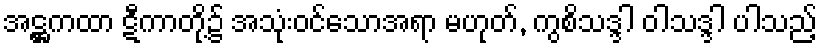
အဋ္ဌကထာ ဋီကာတို့၌ အသုံးဝင်သောအရာ မဟုတ်, ကွစိသဒ္ဒါ ဝါသဒ္ဒါ ပါသည့်